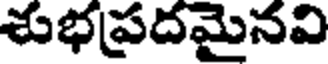
శుభప్రదమైనవి